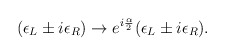
\begin{align*}(\epsilon_L \pm i \epsilon_R) \rightarrow e^{i {\alpha\over 2}} (\epsilon_L \pm i \epsilon_R).\end{align*}